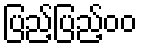
ပြည့်ပြည့်၀၀